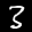
Label: 3